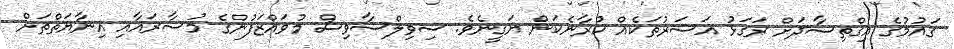
ގައުމުގެ އިގްތިސާދަށް ރަގަޅު އަސަރުތަކެއް ކުރާނެކަން ޔަގީނެވެ. ސިވިލްސާވިސް މުވައްޒަފުންގެ މުސާރައާއި އިނާޔަތްތަށް